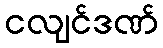
ငလျင်ဒဏ်